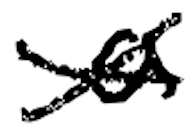
Text: a
Cross-out: cross
Writing tool: digital_black